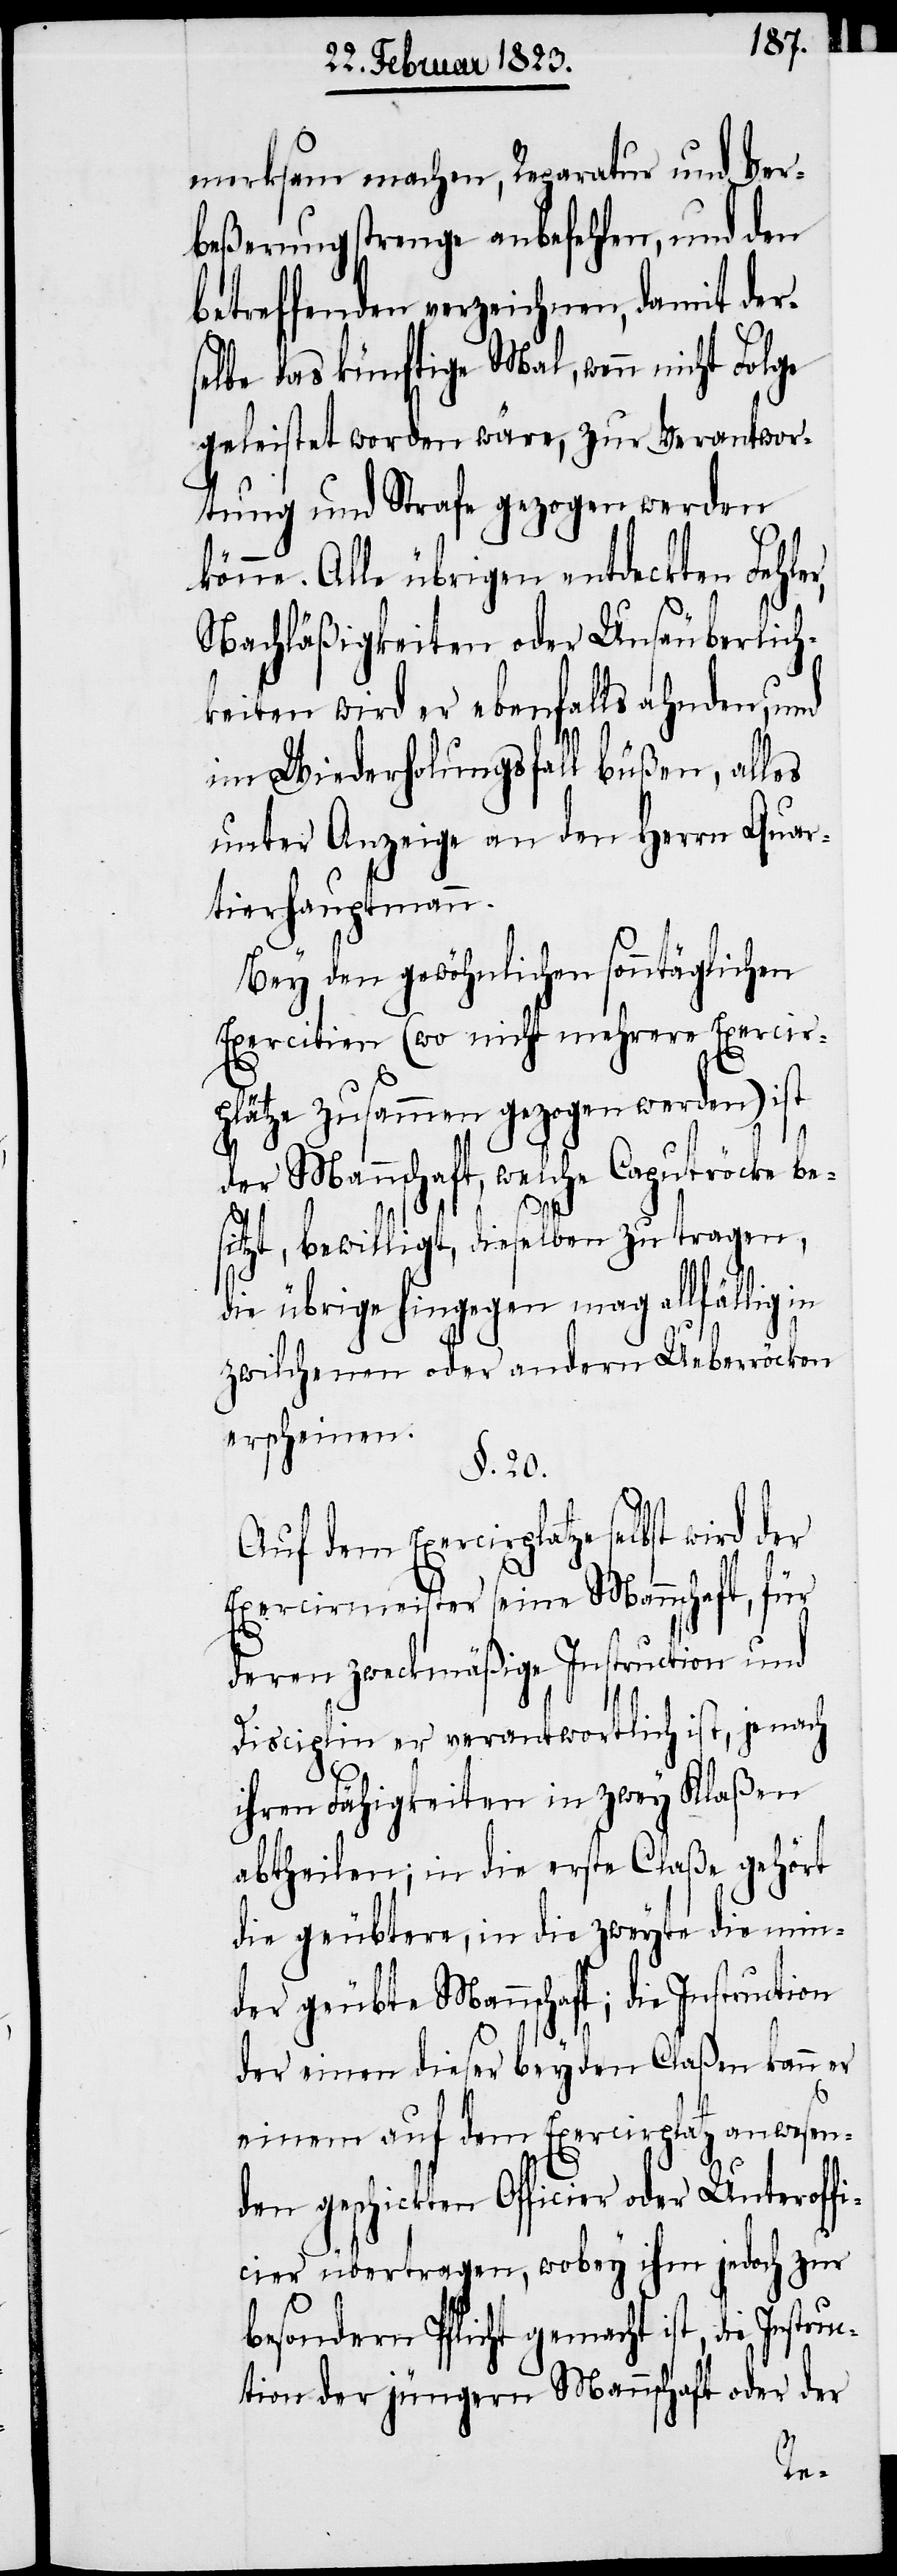
merksam machen, Reparatur und Ver¬
beßerung strenge anbefehlen, und den
betreffenden verzeichnen, damit der¬
selbe das künftige Mal, wenn nicht Folge
geleistet worden wäre, zur Verantwor¬
tung und Strafe gezogen werden
könne. Alle übrigen entdeckten Fehler,
Nachläßigkeiten oder Unsäuberlich¬
keiten wird er ebenfalls ahnden, und
im Wiederholungsfall büßen, alles
unter Anzeige an den Herrn Quar¬
tierhauptmann.
Bey den gewöhnlichen sonntäglichen
Exercitien (wo nicht mehrere Exercir¬
plätze zusammen gezogen werden) ist
der Mannschaft, welche Caputröcke be¬
struc¬
sitzt, bewilligt, dieselben zu tragen,
die übrige hingegen mag allfällig in
zwilchenen oder andern Ueberröcken
erscheinen.
§. 20.
Auf dem Exercirplatze selbst wird
Exercirmeister seine Mannschaft, für
deren zweckmäßige Instruction und
Disciplin er verantwortlich ist, je nach
ihren Fähigkeiten in zwey Klaßen
abtheilen; in die erste Claße gehört
die geübtere, in die zweyte die min¬
der geübte Mannschaft; die Instruction
der einen dieser beyden Claßen kann er
einem auf dem Exercirplatz anwesen¬
den geschickten Officier oder Unteroff¬
icier übertragen, wobey ihm jedoch zur
besondern Pflicht gemacht ist, die In¬
tion der jüngern Mannschaft oder der